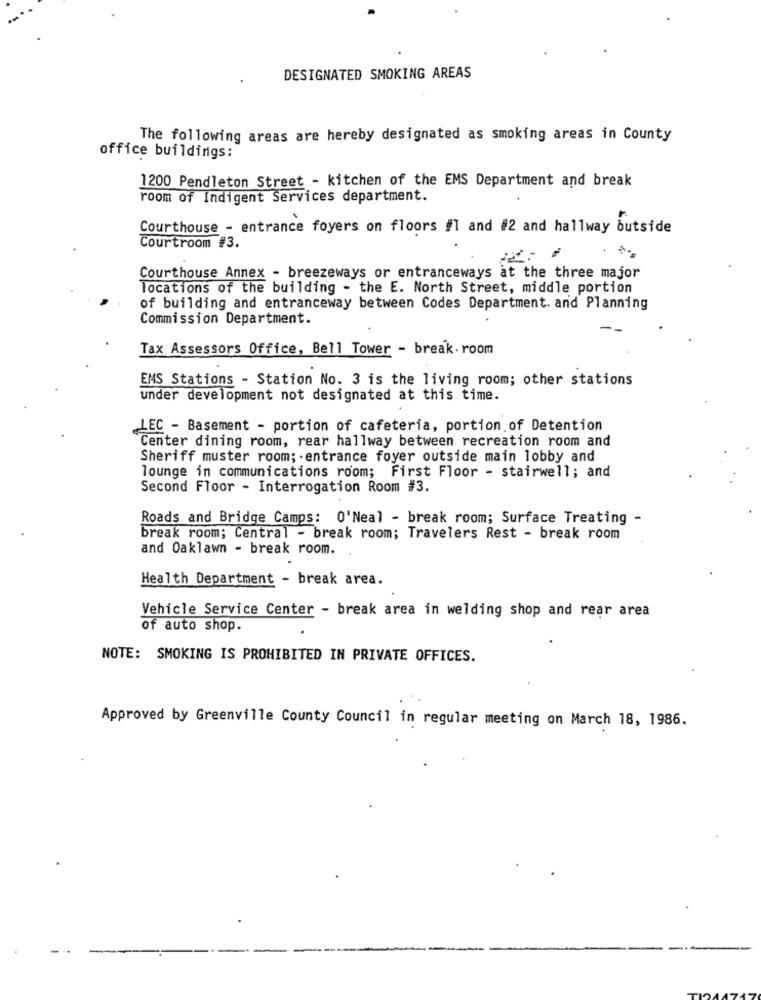
DESIGNATED SMOKING AREAS
The following areas are hereby designated as smoking areas in County
office buildings:
1200 Pendleton Street - kitchen of the EMS Department and break
room of Indigent Services department.
Courthouse - entrance foyers on floors #1 and #2 and hallway outside
Courtroom #3.
Courthouse Annex - breezeways or entranceways at the three major
locations of the building - the E. North Street, middle portion
of building and entranceway between Codes Department. and Planning
Commission Department.
Tax Assessors Office, Bell Tower - break. room
ENS Stations - Station No. 3 is the living room; other stations
under development not designated at this time.
LEC - Basement - portion of cafeteria, portion of Detention
Center dining room, rear hallway between recreation room and
Sheriff muster room; entrance foyer outside main lobby and
lounge in communications room; First Floor - stairwell; and
Second Floor - Interrogation Room #3.
Roads and Bridge Camps: O'Neal - break room; Surface Treating -
break room; Central - break room; Travelers Rest - break room
and Oaklawn - break room.
Health Department - break area.
Vehicle Service Center - break area in welding shop and rear area
of auto shop.
NOTE: SMOKING IS PROHIBITED IN PRIVATE OFFICES.
Approved by Greenville County Council in regular meeting on March 18, 1986.